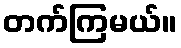
တက်ကြမယ်။